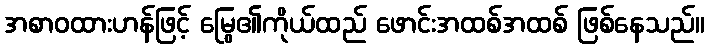
အစာဝထားဟန်ဖြင့် မြွေ၏ကိုယ်ထည် ဖောင်းအထစ်အထစ် ဖြစ်နေသည်။